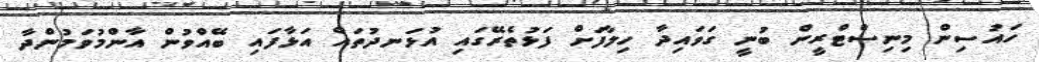
ހައުސިން މިނިސްޓްރީން ބުނީ ގަވައިދާ ހިލާފަށް ފަޅުތެރޭގައި އުޅަނދުތައް އަޅާފައި ބޭއްވުން އާންމުވަމުންދާ